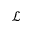
\mathcal { L }